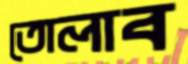
তোলাব